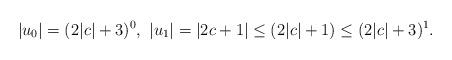
LaTeX: \begin{align*}|u_{0}|=(2|c|+3)^{0},\ |u_{1}|=|2c+1|\leq(2|c|+1)\leq(2|c|+3)^{1}.\end{align*}